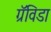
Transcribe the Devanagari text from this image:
ग्रॅविडा